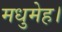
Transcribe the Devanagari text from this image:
मधुमेह।